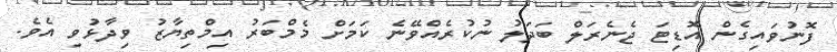
ފޮނުވައިގެން އޮޑިޓަ ޖެނެރަލް ބަދަލު ނުކުރެއްވޭނެ ކަމަށް މެމްބަރު އިމްތިޔާޒު ވިދާޅުވި އެވެ.